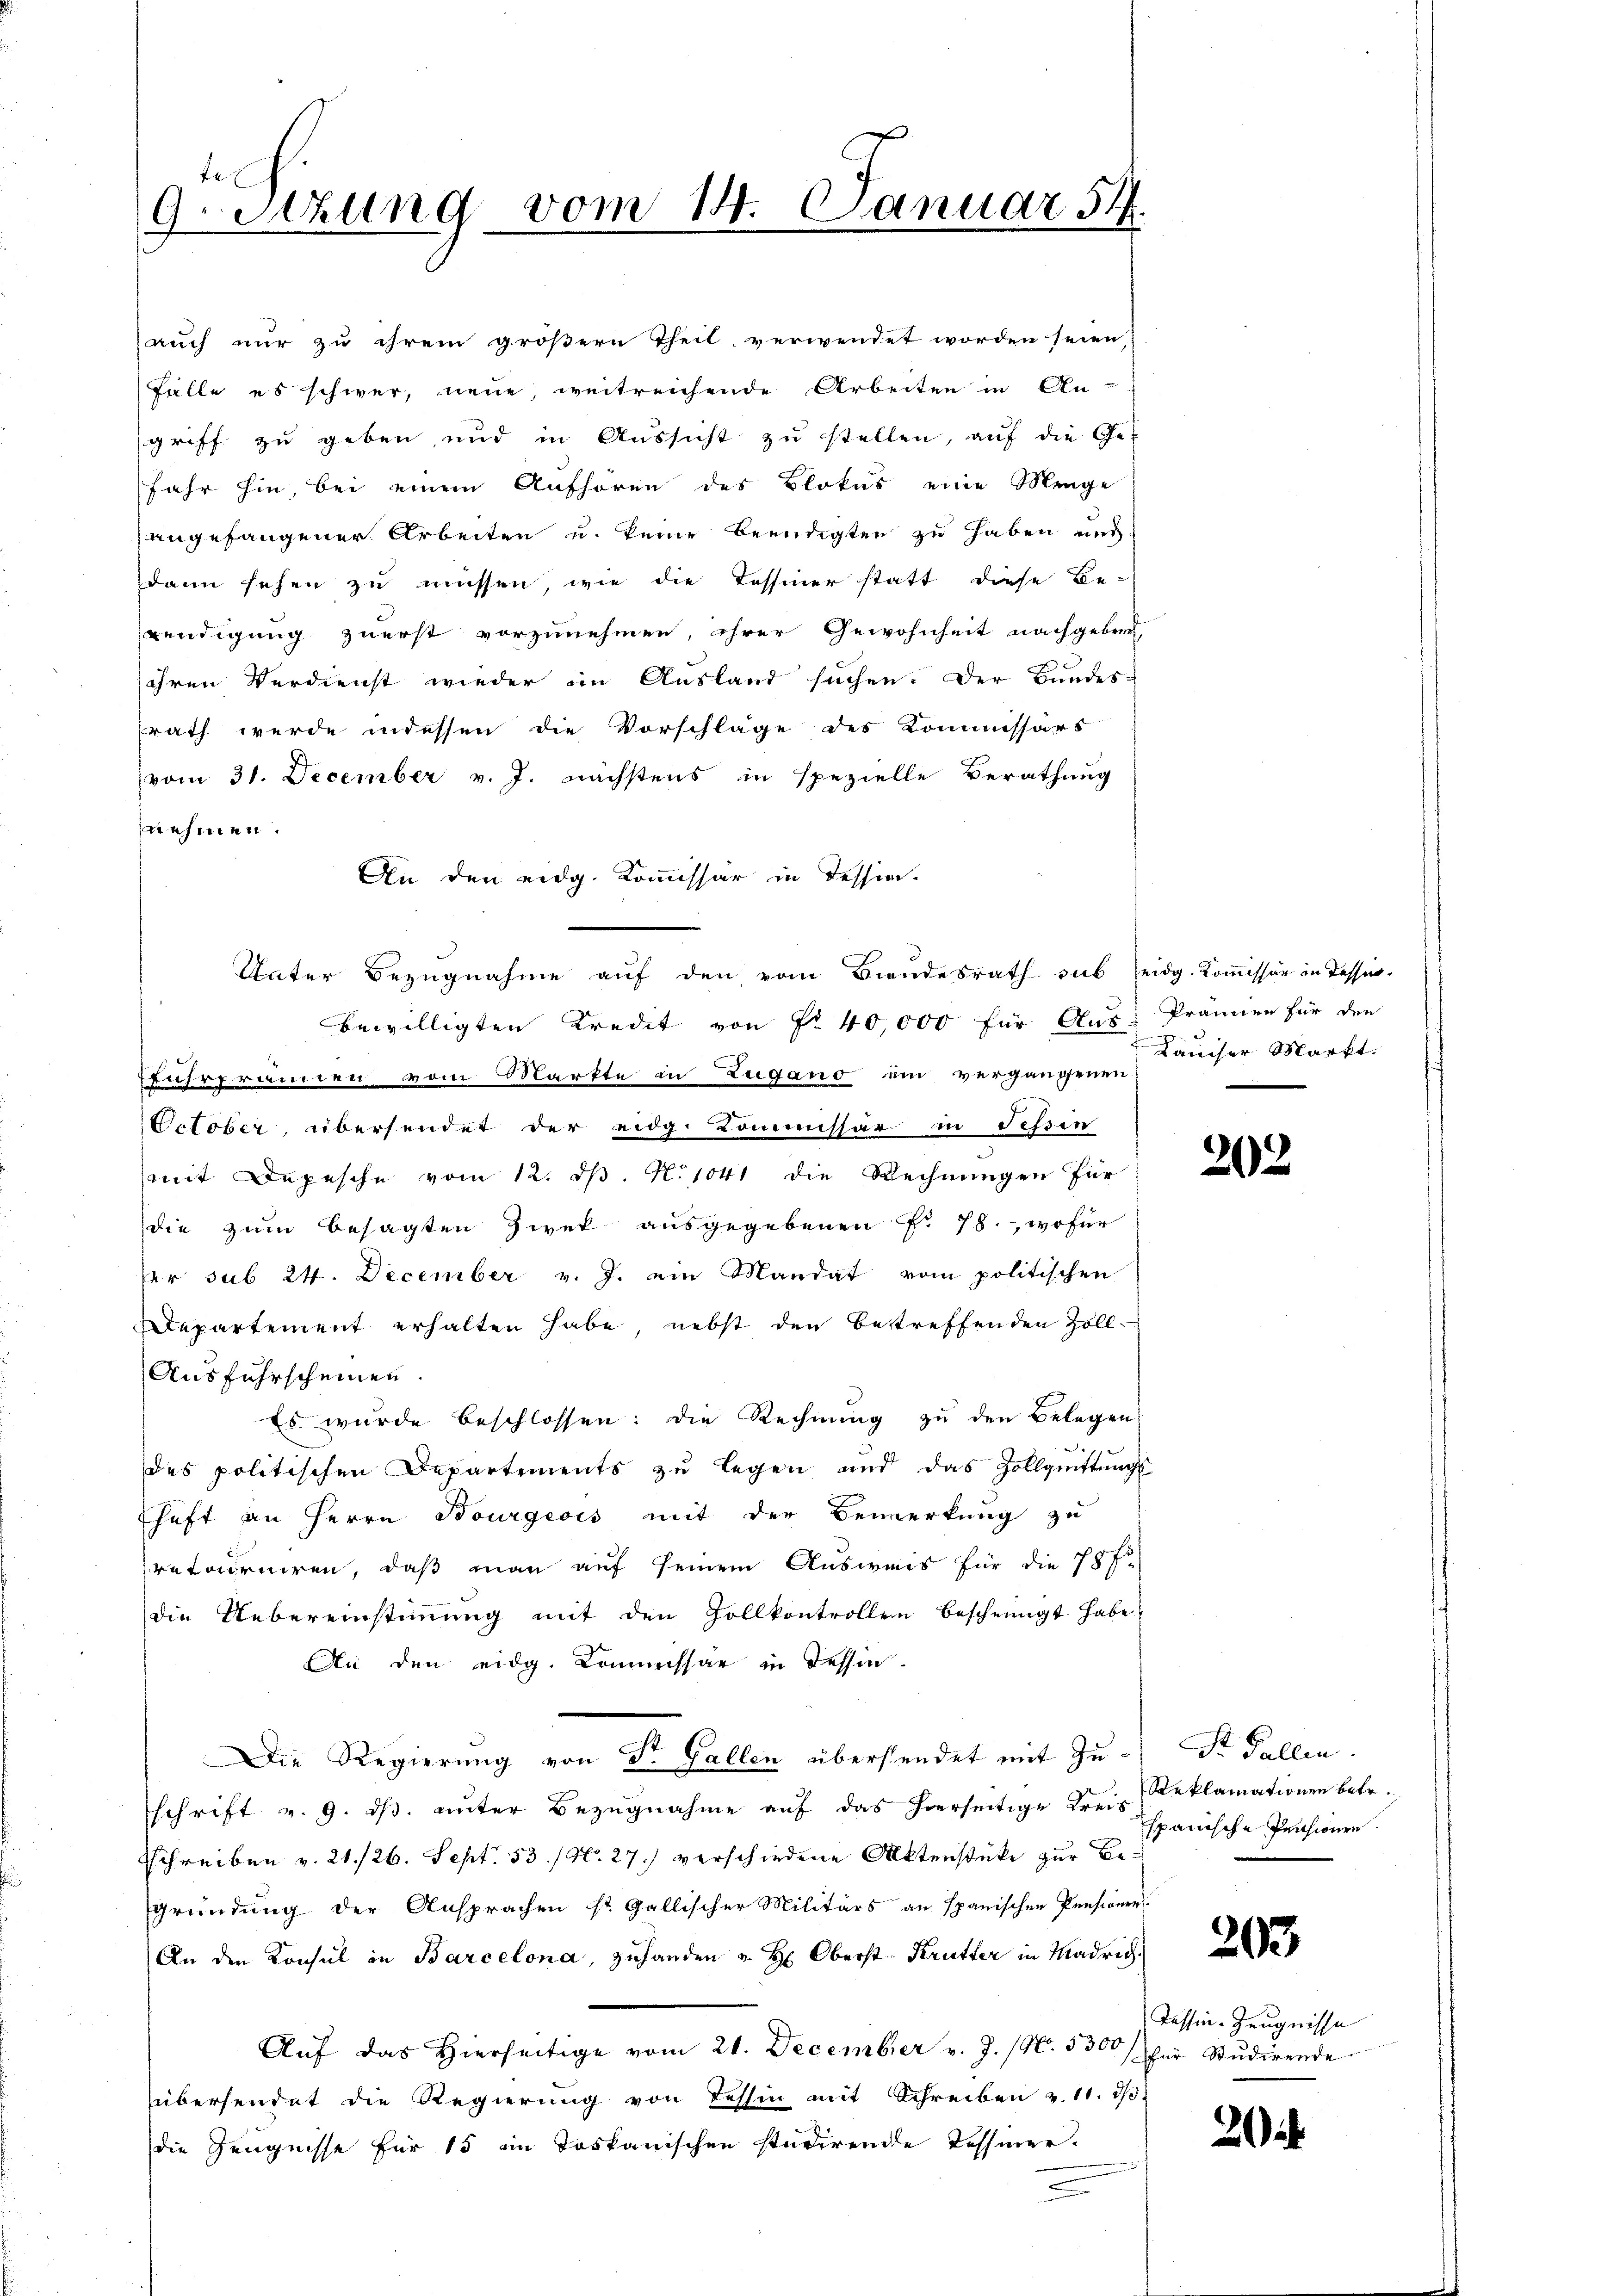
.
9.Stzung vom 14. Januar 54.

auch nur zu ihrem größern Theil verwendet worden seien
Fälle es schwer, neue, weitreichende Arbeiten in An-
griff zu geben, und in Aussicht zu stellen, auf die Ge-
Jahr hin, bei einem Aufhören des Blokus eine Menge
angefangener Arbeiten u. keine Beendigten zu haben und
dann sehen zu müssen, wie die Tessiner statt diese Be-
wendigung zuerst vorzunehmen, ihrer Gewohnheit nachgebend
ihren Verdienst wieder im Ausland suchen. Der Bundes-
rath werde indessen die Vorschläge des Kommissärs
vom 31. December v. J. nächstens in spezielle Berathung
nehmen.
An den eidg. Kommissär in Tession.
Unter Bezugnahme auf den vom Biendesrath sub eidg. Kommissär in Tessin.
bewilligten Kredit von Fr. 40,000 für Aus
fuhrpränen vom Markte in Zugano ein vergangenen
October, übersendet der eidg. Kommissär in Tessin
mit Depesche vom 12. dß. N. 1041 die Rechnungen für
die zum besagten Zwek ausgegebenen Fr. 78., wofür
der sub 24. December v. J. ein Mandat vom politischen
Departement erhalten habe, nebst den betreffenden Zoll¬
Ausfuhrscheinen.
Es wurde beschlossen: die Rechnung zu den Belegen
des politischen Departements zŭ legen und das Zollqŭittŭngs-
shaft an Herrn Bourgeois mit der Bemerkung zu
pretairuiren, daß man auf seinem Ausweis für die 78 f
die Uebereinstimmung mit den Zollkontrollen bescheinigt habe,
An den eidg. Kommissar in Tessin.
Die Regierung von Dr. Gallen übersendet mit Zuschrift v. 9. ds. unter Bezugnahme auf das hierseitige Kreis¬
Schreiben v. 21./26. Sept. 53. / No. 27. verschiedene Aktenstücke zur Begründung der Ansprachen ist Gallischer Militärs an spanischen Pensionen
An den Konsul in Barcelona, zuhanden u. Hr. Oberst Krütter in Madrich.
Aŭf das hierseitige vom 21. December v. J. 19. 3300 für Studirende
übersendet die Regierung von Tessin mit Schreiben v. 11. dβ.
die Zeugnisse für 15 ein Toskanischen studirende Tessinere

Frönnen für den
Lauiser Markt.

203

Sr Fallen.
Reklamationen betr.
spanische Prachwere.

203

Tessin-Zeugnisse

2